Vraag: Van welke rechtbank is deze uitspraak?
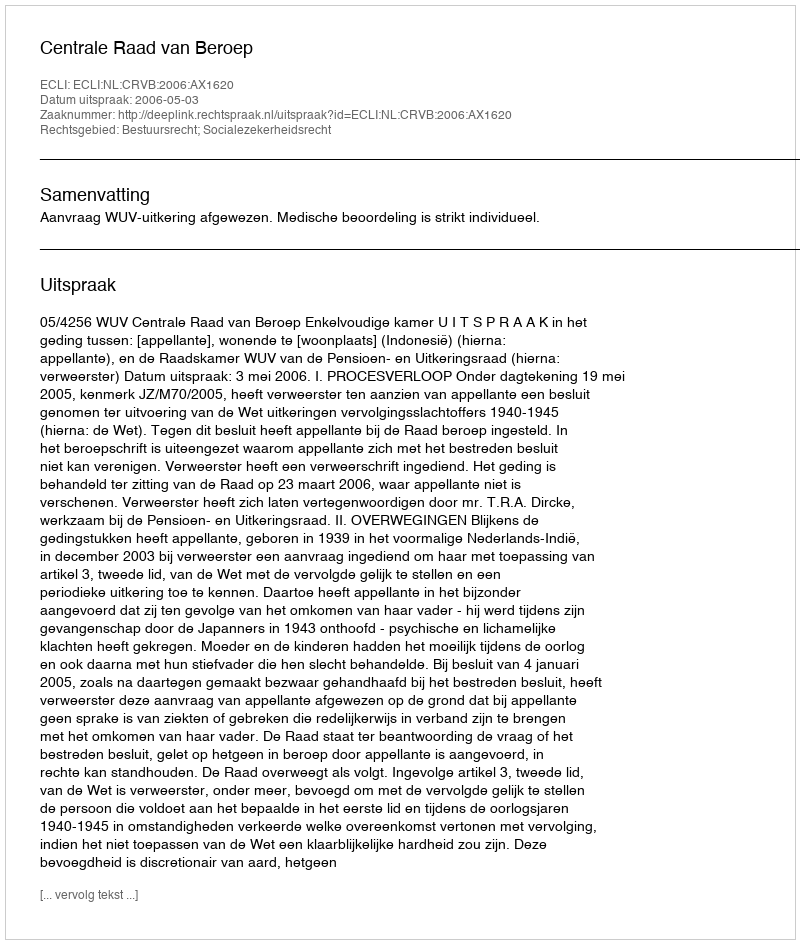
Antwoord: Centrale Raad van Beroep